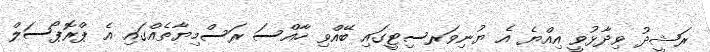
ރަޝީދު ވިދާޅުވީ އިއްޔެ އެ ޔުނިވަރސިޓީގައި ބޭއްވި ހާއްސަ ރަސްމިޔާތެއްގައި އެ ޕްރޮޕޯސަލް